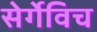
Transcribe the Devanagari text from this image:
सेर्गेविच